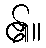
၏။